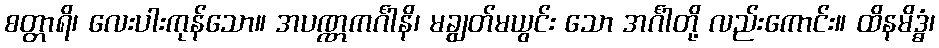
စတ္တာရိ၊ လေးပါးကုန်သော။ အပဏ္ဏကင်္ဂါနိ၊ မချွတ်မယွင်း သော အင်္ဂါတို့ လည်းကောင်း။ ထိနမိဒ္ဓံ၊